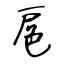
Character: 扈